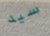
سيد